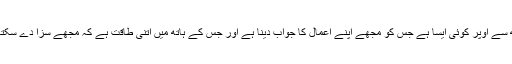
جب تک انسان اپنے سے بالاتر کسی اقتدار کو تسلیم نہ کرے اور جب تک اسے یقین نہ ہو کہ مجھ سے اوپر کوئی ایسا ہے جس کو مجھے اپنے اعمال کا جواب دینا ہے اور جس کے ہاتھ میں اتنی طاقت ہے کہ مجھے سزا دے سکتا ہے، اس وقت تک یہ کسی طرح ممکن نہیں کہ ظلم کا دروازہ بند ہو اور صحیح امن قائم ہوسکے۔